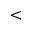
<